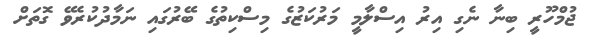
ޖުމްހޫރީ ބިނާ ނެގި އިރު އިސްލާމީ މަރުކަޒުގެ މިސްކިތުގެ ބޭރުގައި ނަމާދުކުރެވޭ ގޮތަށް